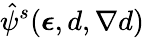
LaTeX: \hat{\psi}^{s}(\boldsymbol{\epsilon},d,\nabla{d})